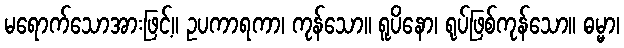
မရောက်သောအားဖြင့်။ ဥပကာရကာ၊ ကုန်သော။ ရူပိနော၊ ရုပ်ဖြစ်ကုန်သော။ ဓမ္မာ၊